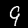
Digit: 9